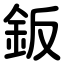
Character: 鈑